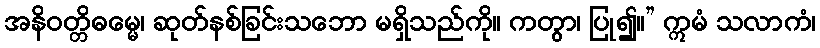
အနိဝတ္တိဓမ္မေ၊ ဆုတ်နစ်ခြင်းသဘော မရှိသည်ကို။ ကတွာ၊ ပြု၍။” ဣမံ သလာကံ၊